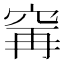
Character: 𫁌